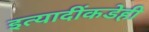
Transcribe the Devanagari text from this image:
इत्यादींकडेही